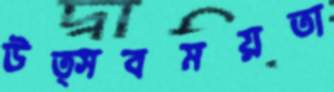
উত্সবময়তা